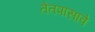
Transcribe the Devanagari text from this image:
तेतपासावे